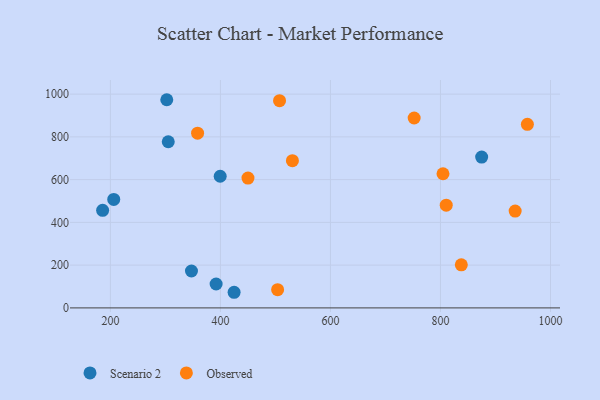
{"axis": {"x": "Study Hours", "y": "Rating"}, "legend": ["Observed", "Scenario 2"], "data": [{"x": "206.1", "y": 507.6, "type": "Scenario 2"}, {"x": "399.6", "y": 615.7, "type": "Scenario 2"}, {"x": "392.2", "y": 111.8, "type": "Scenario 2"}, {"x": "874.9", "y": 705.5, "type": "Scenario 2"}, {"x": "305.2", "y": 777.2, "type": "Scenario 2"}, {"x": "185.9", "y": 456.5, "type": "Scenario 2"}, {"x": "302.5", "y": 973.7, "type": "Scenario 2"}, {"x": "424.9", "y": 73.1, "type": "Scenario 2"}, {"x": "347.4", "y": 172.6, "type": "Scenario 2"}, {"x": "804.6", "y": 627.4, "type": "Observed"}, {"x": "504.0", "y": 85.2, "type": "Observed"}, {"x": "507.5", "y": 969.4, "type": "Observed"}, {"x": "358.5", "y": 817.3, "type": "Observed"}, {"x": "752.2", "y": 888.2, "type": "Observed"}, {"x": "958.0", "y": 858.5, "type": "Observed"}, {"x": "810.5", "y": 480.5, "type": "Observed"}, {"x": "935.8", "y": 452.8, "type": "Observed"}, {"x": "450.1", "y": 607.2, "type": "Observed"}, {"x": "837.9", "y": 201.7, "type": "Observed"}, {"x": "530.9", "y": 688.8, "type": "Observed"}]}